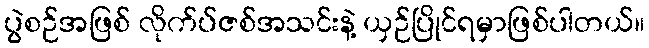
ပွဲစဉ်အဖြစ် လိုက်ပ်ဇစ်အသင်းနဲ့ ယှဉ်ပြိုင်ရမှာဖြစ်ပါတယ်။